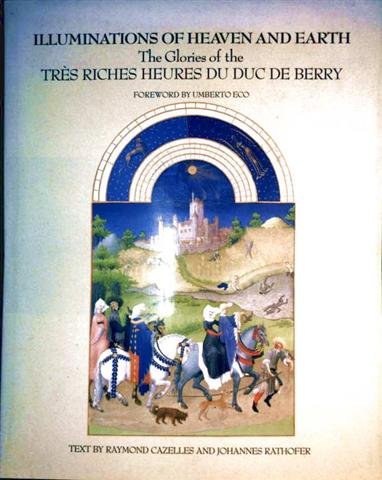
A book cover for Illuminations of Heaven and Earth: The Glories of the Tres Riches Heures Du Duc De Berry; Raymond Cazelles; Arts & Photography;